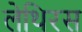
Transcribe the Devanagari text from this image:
लेथिरस